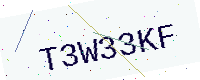
Text: T3W33KF